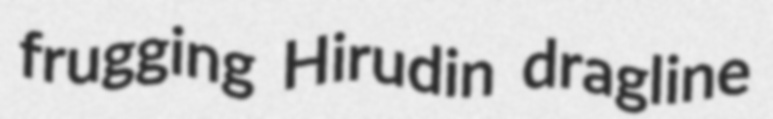
frugging Hirudin dragline